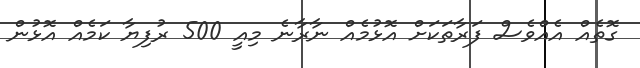
ގޮތެއް އެއްވެސް ފަރާތަކަށް އޮޅުމެއް ނާރާނެ މިއީ 500 ރުފިޔާ ކަމެއް އޮޅުން